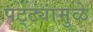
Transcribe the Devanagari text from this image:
पट्ट्यांमुळे